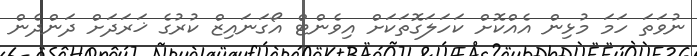
ނުވަތަ ހަމަ މުޅިން އެއްކޮށް ކަހަލަގޮތަކަށް އިވެންޓް އޯގަނައިޒް ކުރުގެ ޚަރަދަށް ދަންދެން